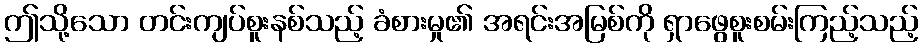
ဤသို့သော တင်းကျပ်စူးနစ်သည့် ခံစားမှု၏ အရင်းအမြစ်ကို ရှာဖွေစူးစမ်းကြည့်သည့်